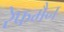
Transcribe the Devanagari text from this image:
रेफमैन